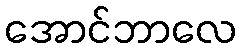
အောင်ဘာလေ